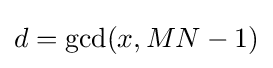
d=\gcd(x,MN-1)